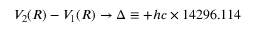
V _ { 2 } ( R ) - V _ { 1 } ( R ) \to \Delta \equiv + h c \times 1 4 2 9 6 . 1 1 4